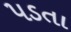
૫ડતા